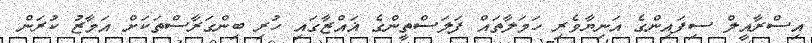
އިސްރާއީލް ސިފައިންގެ އަނިޔާވެރި ހަމަލާތައް ފަލަސްތީންގެ ޣައްޒާގައި ހުރި ބިންގަރާސްތަކަށް އަމާޒު ކުރަން